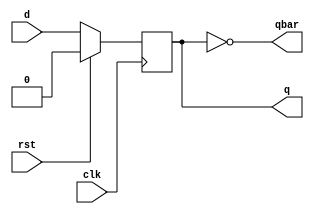
module ms_d_flip_flop(q,qbar,clk,rst,d);
        output reg q;
        output qbar;
        input clk, rst;
        input d;

        assign qbar = ~q;

        always @(posedge clk)
        begin
                if (rst)
                        q <= 0;
                else
                        q <= d;
        end
endmodule

module master_slave_flip_flop(q,qbar,clk,rst,d);
	output q;
	output qbar;
	input clk, rst;
	input d;
    
    // inverted clock and intermediate q output of Master
	wire iclk, q1, q1bar;

	assign iclk = ~clk;
	assign qbar = ~q;

    ms_d_flip_flop master(q1,q1bar,clk,rst,d);
	ms_d_flip_flop slave(q,qbar,iclk,rst,q1);

endmodule